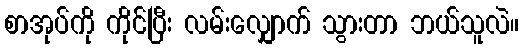
စာအုပ်ကို ကိုင်ပြီး လမ်းလျှောက် သွားတာ ဘယ်သူလဲ။